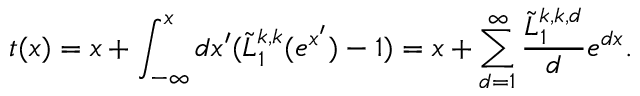
t ( x ) = x + \int _ { - \infty } ^ { x } d x ^ { \prime } ( { \tilde { L } _ { 1 } ^ { k , k } ( e ^ { x ^ { \prime } } ) } - 1 ) = x + \sum _ { d = 1 } ^ { \infty } \frac { \tilde { L } _ { 1 } ^ { k , k , d } } { d } e ^ { d x } .